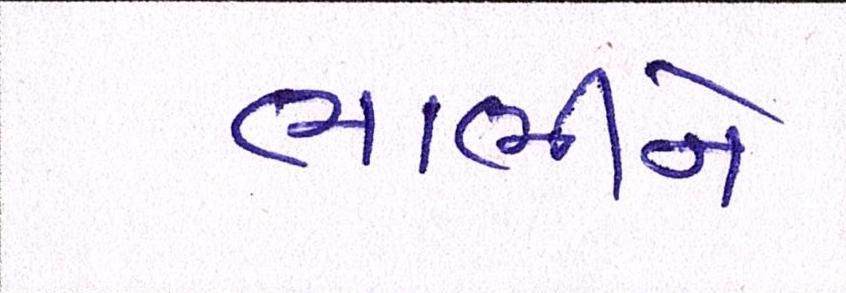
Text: ભાભીને